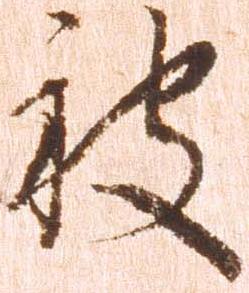
被